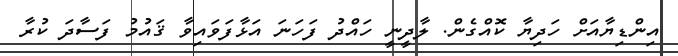
އިންޑިޔާއަށް ހަދިޔާ ކޮއްގެން. ލާދީނީ ހައްދު ފަހަނަ އަޅާފަވައިވާ ޤައުމު ފަސާދަ ކުރާ